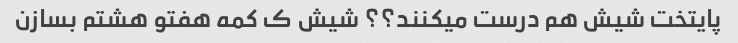
پایتخت شیش هم درست میکنند؟؟ شیش ک کمه هفتو هشتم بسازن